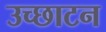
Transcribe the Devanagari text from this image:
उच्छाटन